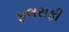
ફલસફી